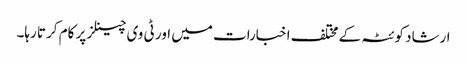
ارشاد کوئٹہ کے مختلف اخبارات میں اور ٹی وی چینلز پر کام کرتا رہا۔